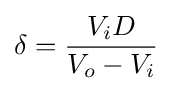
\delta ={\frac {V_{i}D}{V_{o}-V_{i}}}